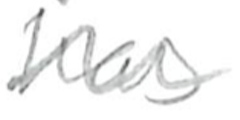
Text: has
Cross-out: wave
Writing tool: pencil